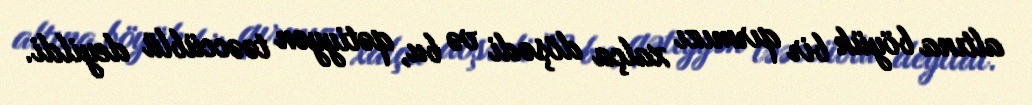
altına böyük bir qırmızı xalça döşədi və bu, qətiyyən təəccüblü deyildi.